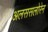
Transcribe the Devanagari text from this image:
अलससलोरेन